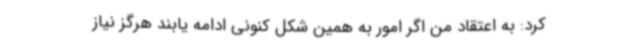
کرد: به اعتقاد من اگر امور به همین شکل کنونی ادامه یابند هرگز نیاز